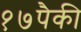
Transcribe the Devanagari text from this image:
१७पैकी